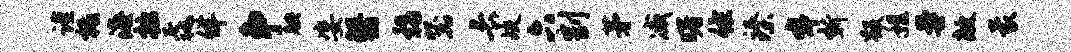
谨柢海拙毳佯争腆姿翳稻器长歧六割茅减曙佐臻嗥新毁程曼敞蒙